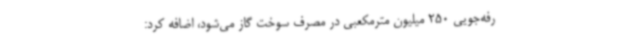
رفه‌جویی 250 میلیون مترمکعبی در مصرف سوخت گاز می‌شود، اضافه کرد:‌